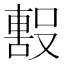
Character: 𭮼